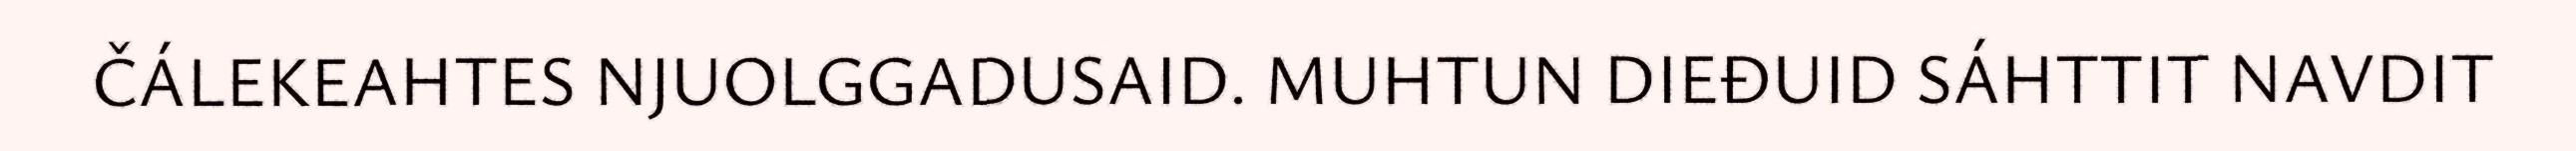
ČÁLEKEAHTES NJUOLGGADUSAID. MUHTUN DIEĐUID SÁHTTIT NAVDIT